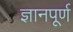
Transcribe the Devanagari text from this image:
ज्ञानपूर्ण